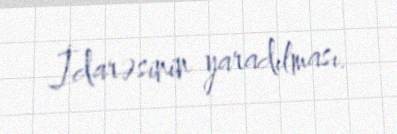
İdarəsinin yaradılması.